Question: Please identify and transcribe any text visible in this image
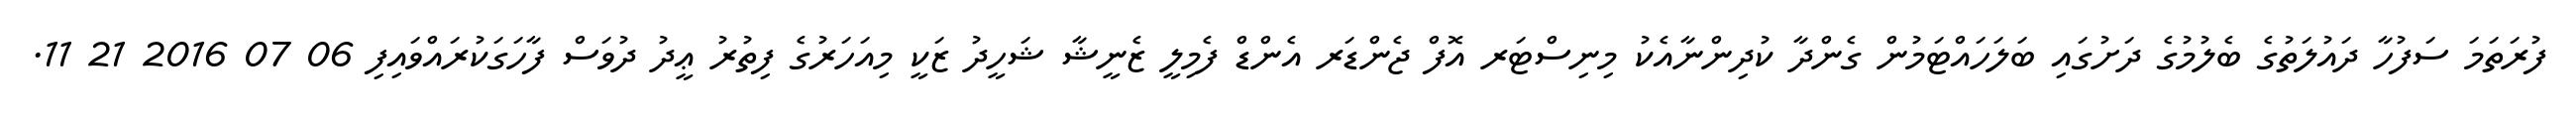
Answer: ފުރަތަމަ ސަފުހާ ދައުލަތުގެ ބެލުމުގެ ދަށުގައި ބަލަހައްޓަމުން ގެންދާ ކުދިންނާއެކު މިނިސްޓަރ އޮފް ޖެންޑަރ އެންޑް ފެމިލީ ޒެނީޝާ ޝަހީދު ޒަކީ މިއަހަރުގެ ފިތުރު ޢީދު ދުވަސް ފާހަގަކުރައްވައިފި 06 07 2016 21 11.